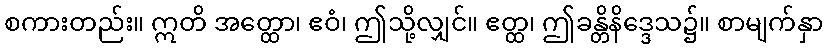
စကားတည်း။ ဣတိ အတ္ထော၊ ဧဝံ၊ ဤသို့လျှင်။ ဧတ္ထ၊ ဤခန္တိနိဒ္ဒေသ၌။ စာမျက်နှာ